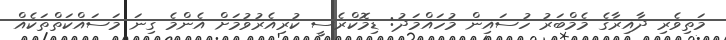
މަތިވެރި ދާއިރާގެ މެމްބަރު ހުސައިން މުހައްމަދު: ޑިމޮކްރެސީ ކުރިއެރުވުމަށް އެންމެ ގިނަ މަސައްކަތްތަކެއް